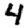
Digit: 4